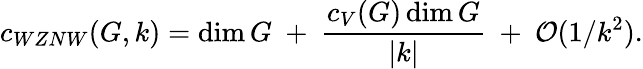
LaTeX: c_{WZNW}(G,k)=\dim G~+~{\frac{c_{V}(G)\dim G}{|k|}}~+~{\cal O}(1/k^{2}).